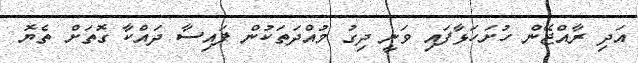
އަދި ރާއްޖޭން ހުށަހަޅާފައި ވަނީ ދިގު މުއްދަތަކުން ފައިސާ ދައްކާ ގޮތަށް ތެޔޮ